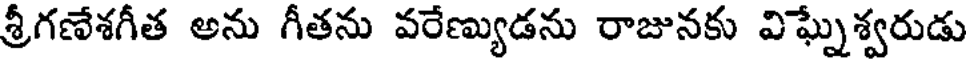
శ్రీగణేశగీత అను గీతను వరేణ్యుడను రాజునకు విఘ్నేశ్వరుడు